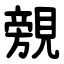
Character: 覫